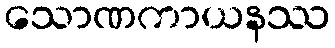
သောဏကာယနဿ